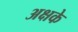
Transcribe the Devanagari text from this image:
अक्षके